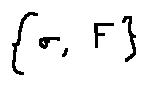
\{ \sigma , F \}